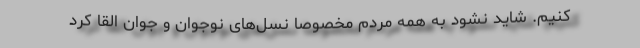
کنیم. شاید نشود به همه مردم مخصوصا نسل‌های نوجوان و جوان القا کرد